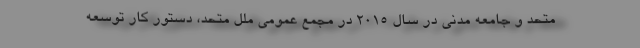
متحد و جامعه مدنی در سال ۲۰۱۵ در مجمع عمومی ملل متحد، دستور کار توسعه